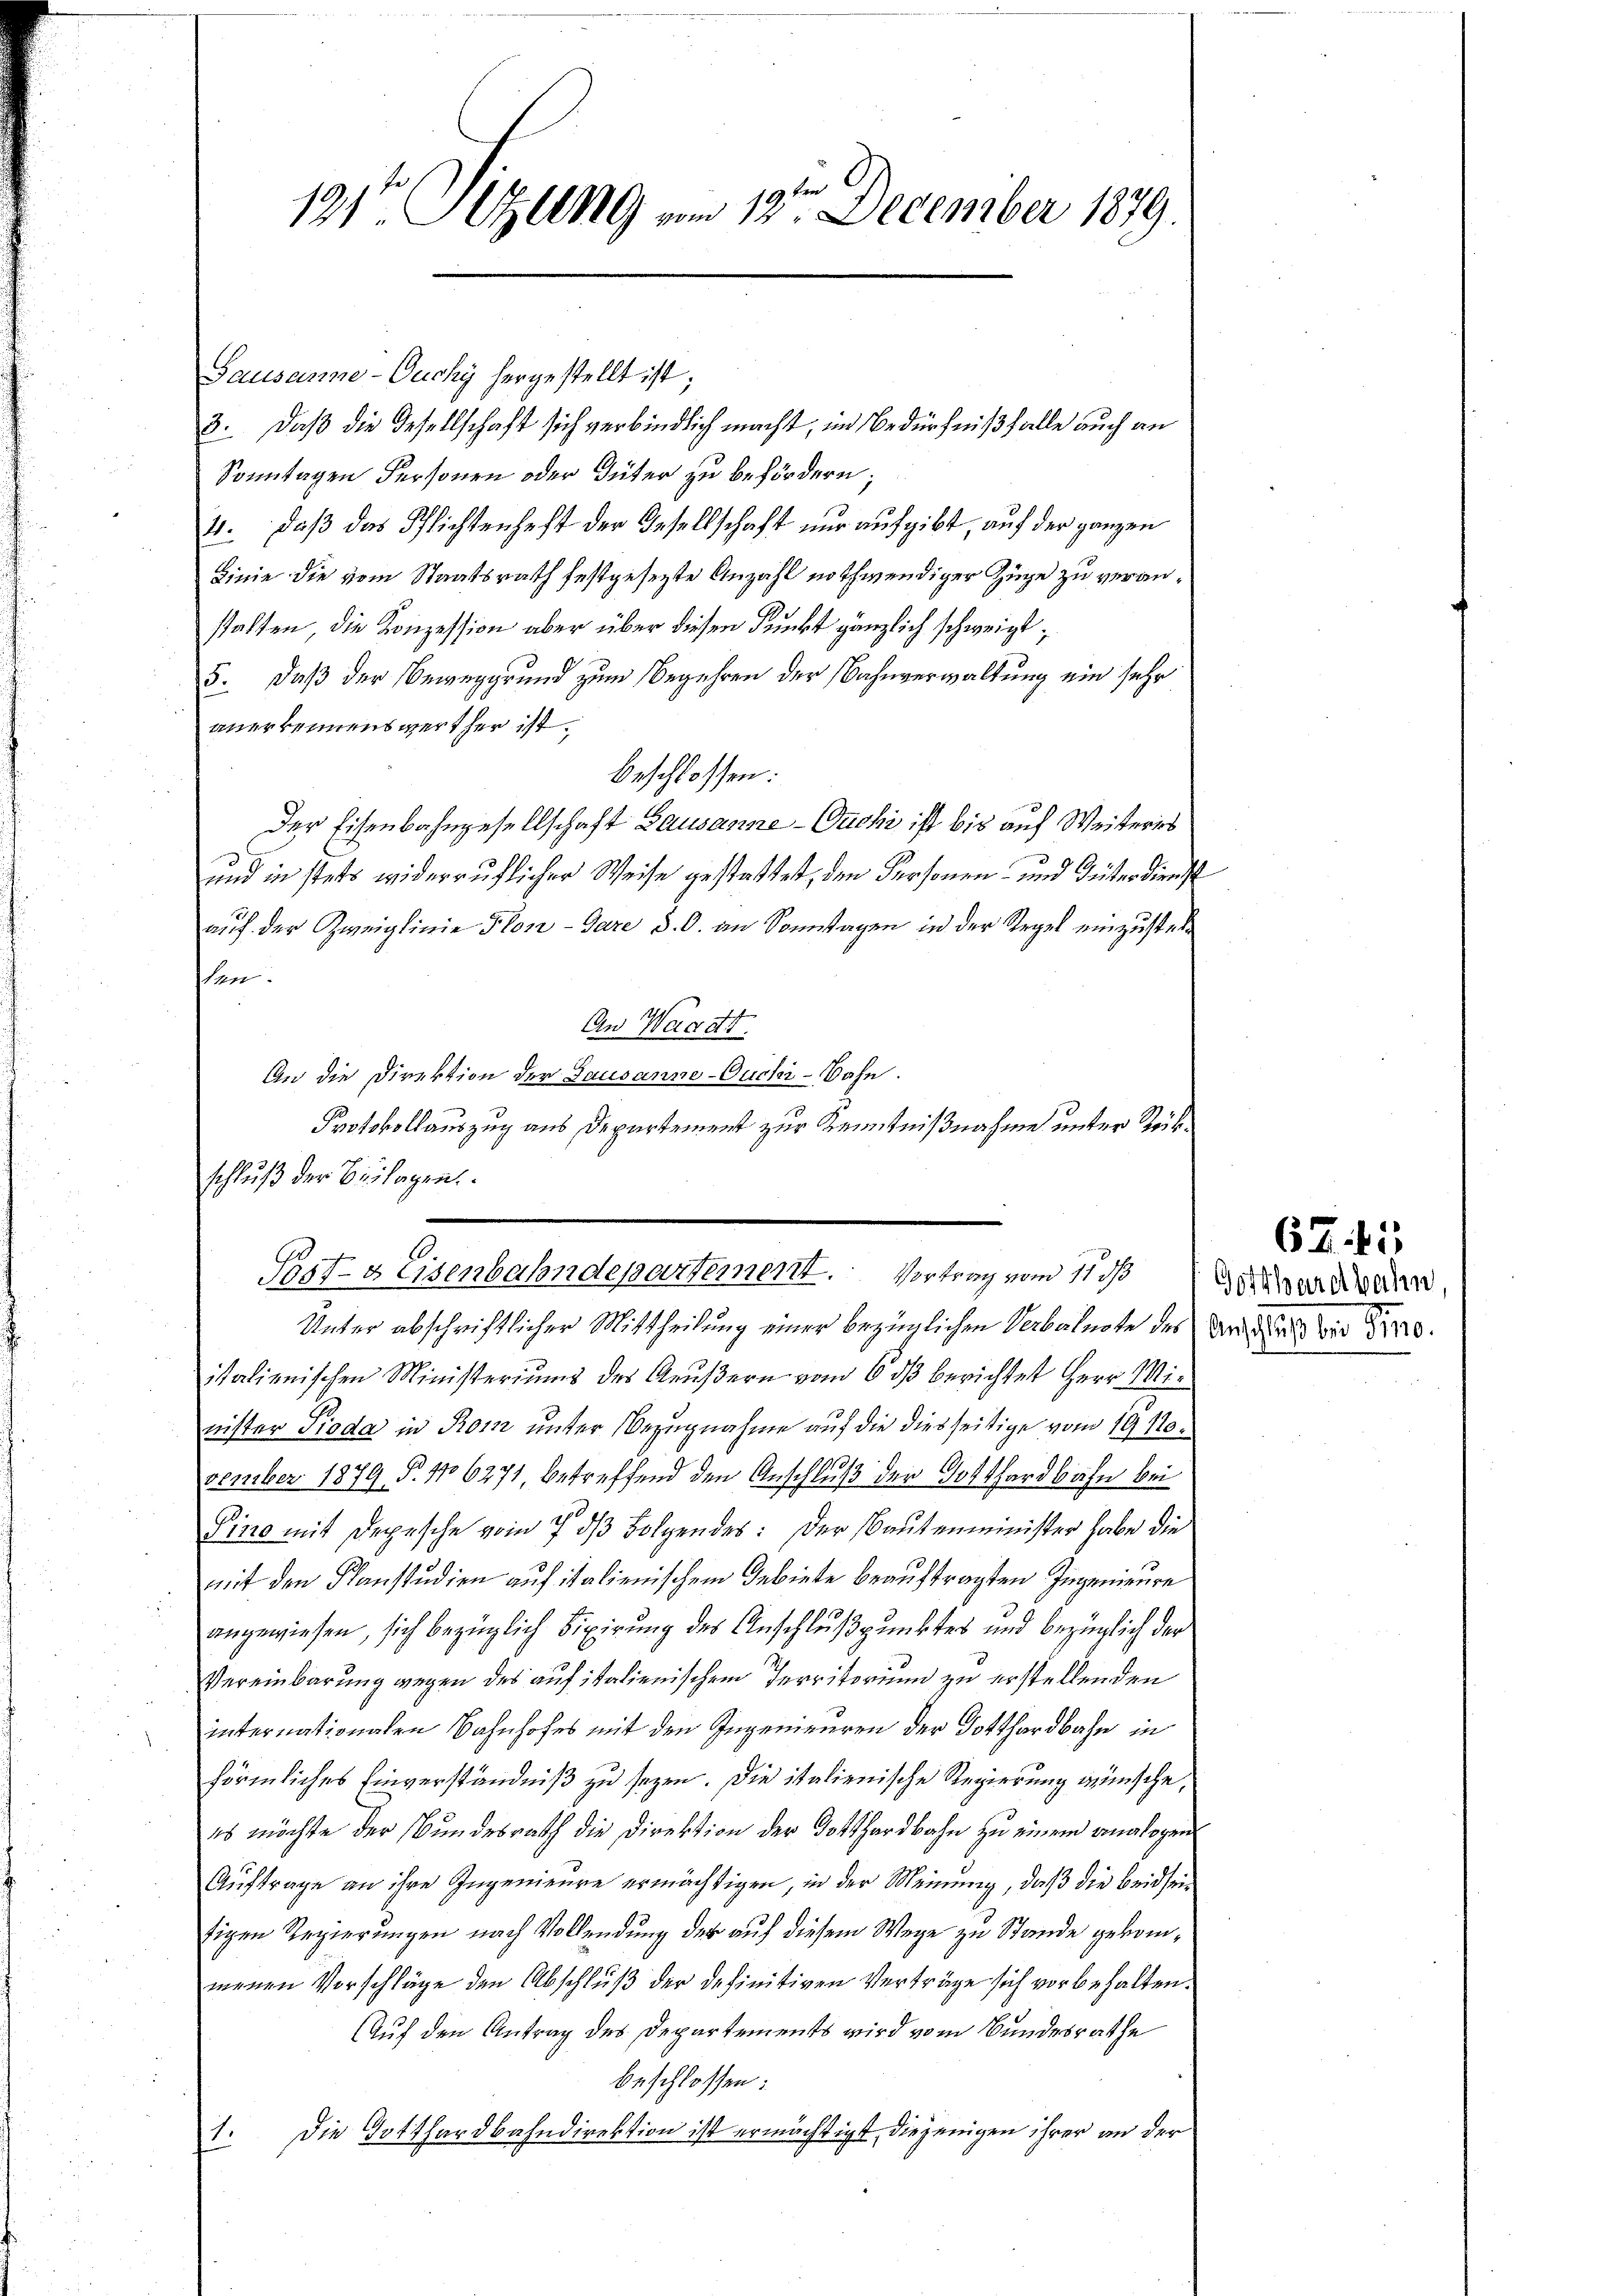
121te Sitzung vom 12ten December 1879.

Gausanne-Ouchy hergestellt ist;
3. Daß die Gesellschaft sich verbindlich macht, in Bedürfniß falle auch an
Sonntagen Personen oder Güter zu befördern;
21. daß das Pflichtenhaft der Gesellschaft nur aufgibt, auf der ganzen
Linie die vom Staatsrath festgesezte Anzahl nothwendiger Züge zu veranstalten, die Konzession aber über diesen Punkt gänzlich schweigt;
5. daß der Beweggrund zum Begehren der Bahnverwaltung ein sehr
anerkennenswerther ist.
beschlossen:
Der Eisenbahngesellschaft Bausanne - Duchi ist bis auf Weiteris
und in stets widerruflicher Weise gestattet, den Personen- und Güter dienst
auf der Zweiglinie Flon-Gare d. O. an Sonntagen in der Regel einzustell
ten.
An Waadt.
An die Direktion der Gausanne-Ouchi-Bahn.
Protokollauszug aus Departement zur Kenntnißnahme unter Rückschluß der Beilagen.
Unter abschriftlicher Mittheilung einer bezüglichen Verbalnote des Ander die
italienischen Ministeriums des Aeußern vom 6. dβ berichtet Herr Minister Pioda in Rom unter Bezugnahme auf die diesseitige vom 1910.
vember 1879 §. 106271, betreffend den Anschluß der Gotthardbahn bei
Pino mit Depesche vom 7. ds Folgendes: Der Bautenminister habe die
mit den Flanstudien auf italienischem Gebiete beauftragten Ingenieure
angewiesen, sich bezüglich Fixirung des Anschlußpunktes und bezüglich der
Vereinbarung wegen des auf italienischem Territorium zu erstellenden
internationalen Bahnhofes mit den Ingenieuren der Dotthardbahn in
förmliches Einverständniß zu seyen. Die italienische Regierung wünsche,
es möchte der Bundesrath die Direktion der Gotthardbahn zu einem analogen
Auftrage an ihre Ingenieure ermächtigen, in der Meinung, daß die beidseitigen Regierungen nach Vollendung der auf diesem Wege zu Stande gekommenen Vorschläge den Abschluß der definitiven Verträge sich vorbehalten.
Auf den Antrag des Departements wird vom Bundesrathe
beschlossen:
Die Gotthardbahndirektion ist ermächtigt, diejenigen ihrer an der
s

Post- & Eisenbahndepartement. Vortrag vom 11. ds

6745
Gotthardbahn